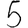
Digit: 5